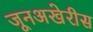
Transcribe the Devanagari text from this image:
जूनअखेरीस